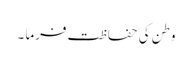
وطن کی حفاظت فرما ۔